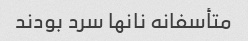
متأسفانه نانها سرد بودند